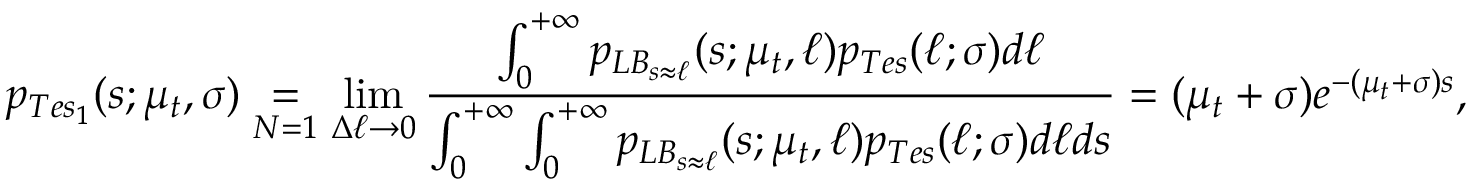
p _ { T e s _ { 1 } } ( s ; \mu _ { t } , \sigma ) \underset { N = 1 } { = } \operatorname* { l i m } _ { \Delta \ell \rightarrow 0 } \frac { \int _ { 0 } ^ { + \infty } p _ { L B _ { s \approx \ell } } ( s ; \mu _ { t } , \ell ) p _ { T e s } ( \ell ; \sigma ) d \ell } { \int _ { 0 } ^ { + \infty } \int _ { 0 } ^ { + \infty } p _ { L B _ { s \approx \ell } } ( s ; \mu _ { t } , \ell ) p _ { T e s } ( \ell ; \sigma ) d \ell d s } = ( \mu _ { t } + \sigma ) e ^ { - ( \mu _ { t } + \sigma ) s } ,